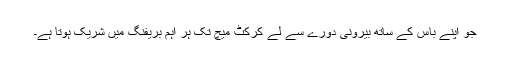
جو اپنے باس کے ساتھ بیرونی دورے سے لے کرکٹ میچ تک ہر اہم بریفنگ میں شریک ہوتا ہے۔